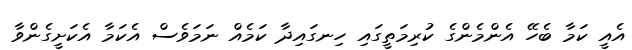
އެއީ ކަމާ ބެހޭ އެންމެންގެ ކުރިމަތީގައި ހިނގައިދާ ކަމެއް ނަމަވެސް އެކަމާ އެކަށީގެންވާ